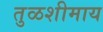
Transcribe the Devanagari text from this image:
तुळशीमाय